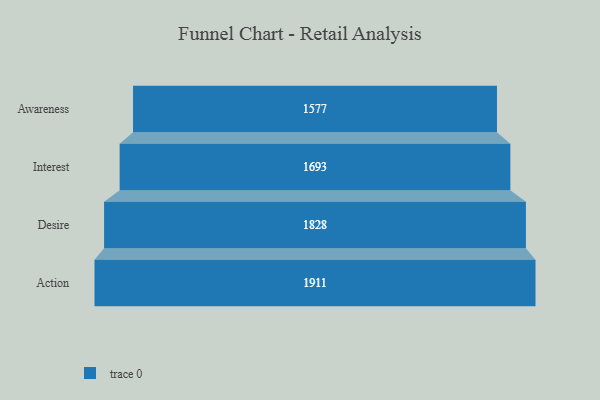
{"axis": {"x": "Stage", "y": "Value"}, "legend": [""], "data": [{"x": "Awareness", "y": 1577.0, "type": ""}, {"x": "Interest", "y": 1693.0, "type": ""}, {"x": "Desire", "y": 1828.0, "type": ""}, {"x": "Action", "y": 1911.0, "type": ""}]}